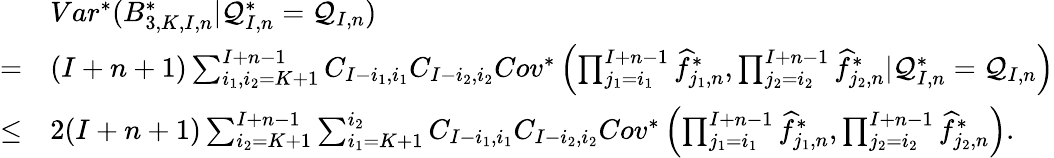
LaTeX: \begin{array}{rl}&{Var^{*}(B_{3,K,I,n}^{*}|\mathcal{Q}_{I,n}^{*}=\mathcal{Q}_{I,n})}\\ {=}&{(I+n+1)\sum_{i_{1},i_{2}=K+1}^{I+n-1}C_{I-i_{1},i_{1}}C_{I-i_{2},i_{2}}Cov^{*}\left(\prod_{j_{1}=i_{1}}^{I+n-1}\widehat f_{j_{1},n}^{*},\prod_{j_{2}=i_{2}}^{I+n-1}\widehat f_{j_{2},n}^{*}|\mathcal{Q}_{I,n}^{*}=\mathcal{Q}_{I,n}\right)}\\ {\leq}&{2(I+n+1)\sum_{i_{2}=K+1}^{I+n-1}\sum_{i_{1}=K+1}^{i_{2}}C_{I-i_{1},i_{1}}C_{I-i_{2},i_{2}}Cov^{*}\left(\prod_{j_{1}=i_{1}}^{I+n-1}\widehat f_{j_{1},n}^{*},\prod_{j_{2}=i_{2}}^{I+n-1}\widehat f_{j_{2},n}^{*}\right).}\end{array}